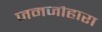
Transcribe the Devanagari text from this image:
जमजौहारा